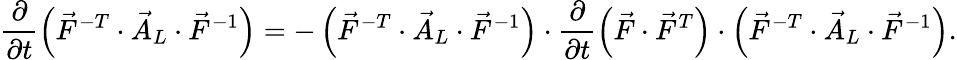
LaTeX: \frac{\partial}{\partial t}\left(\vec{F}^{-T}\cdot\vec{A}_{L}\cdot\vec{F}^{-1}\right)=-\left(\vec{F}^{-T}\cdot\vec{A}_{L}\cdot\vec{F}^{-1}\right)\cdot\frac{\partial}{\partial t}\left(\vec{F}\cdot\vec{F}^{T}\right)\cdot\left(\vec{F}^{-T}\cdot\vec{A}_{L}\cdot\vec{F}^{-1}\right).